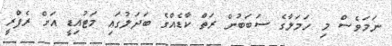
ނަމަވެސް މި ހަމަލާގެ ސަބަބުން ރަތް ކާޑެއްގެ ބަދަލުގައި މަޓުއިޑީ އަށް ރެފްރީ